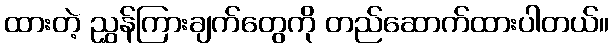
ထားတဲ့ ညွှန်ကြားချက်တွေကို တည်ဆောက်ထားပါတယ်။